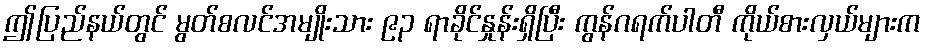
ဤပြည်နယ်တွင် မွတ်စလင်အမျိုးသား ၉၃ ရာခိုင်နှုန်းရှိပြီး ကွန်ဂရက်ပါတီ ကိုယ်စားလှယ်များက